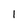
Character: 1